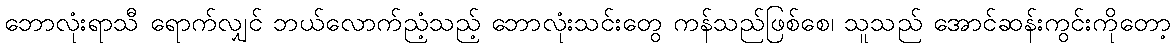
ဘောလုံးရာသီ ရောက်လျှင် ဘယ်လောက်ညံ့သည့် ဘောလုံးသင်းတွေ ကန်သည်ဖြစ်စေ၊ သူသည် အောင်ဆန်းကွင်းကိုတော့